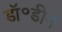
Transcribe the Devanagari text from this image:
डॉ॰डीन